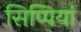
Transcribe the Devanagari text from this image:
सिप्पियां